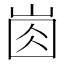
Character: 𡸋